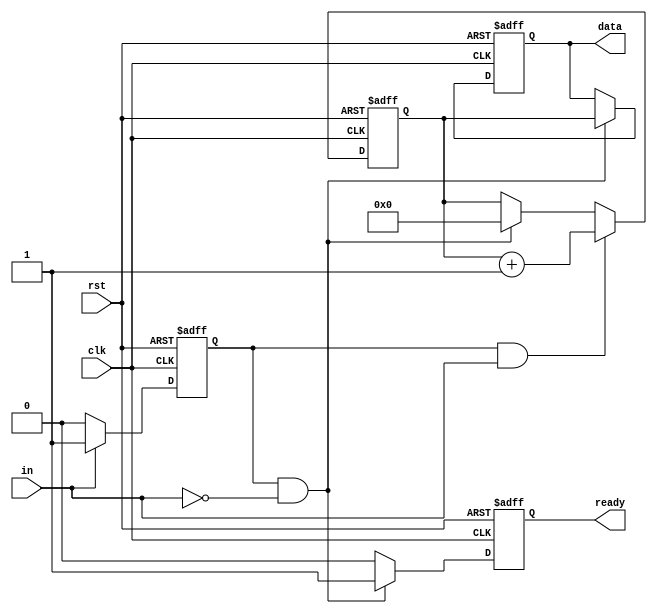
module timer (clk, rst, in, ready, data);

    input clk, rst, in;
    reg in_high;
    output reg ready;
    output reg [10:0] data;
    reg [10:0] counter;

    always @(posedge clk, posedge rst)
        if (rst)
            in_high <= 1'b0;
        else if (in)
            in_high <= 1'b1;
        else if (~in)
            in_high <= 1'b0;

    always @(posedge clk, posedge rst)
        if (rst)
            counter <= 11'b0;
        else if (in_high & in)
            counter <= counter + 11'b1;
        else if (in_high & ~in)
            counter <= 11'b0;

    always @(posedge clk, posedge rst)
        if (rst) begin
            data <= 11'b0;
            ready <= 1'b0;
        end
        else if (in_high & ~in) begin
            data <= counter;
            ready <= 1'b1;
        end
        else ready <= 1'b0;

endmodule